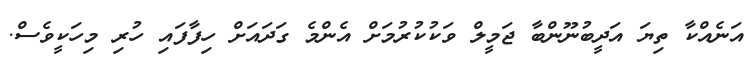
އަނެއްކާ ތިޔަ އަދީބުނޫންބާ ޖަމީލް ވަކުކުރުމަށް އެންމެ ގަދައަށް ހިފާފައި ހުރި މިހަކީވެސް.